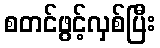
စတင်ဖွင့်လှစ်ပြီး